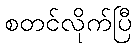
စတင်လိုက်ပြီ